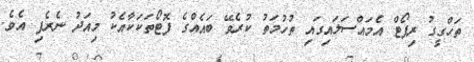
ތަހްގީގު ރިޕޯޓް އެމައްސަލައިގައި ތުހުމަތު ކުރެވޭ ބައެއްގެ ފޮޓޯތަކަކާއެކު މިއަދު ނެރެފި އެވެ.